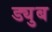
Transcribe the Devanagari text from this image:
ड्युब